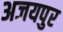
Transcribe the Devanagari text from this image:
अजयपुर